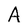
Character: A